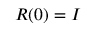
\boldsymbol { R } ( 0 ) = \boldsymbol { I }